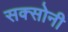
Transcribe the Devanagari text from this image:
सक्सोनी